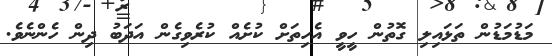
މަޑުމަޑުން ތަޅައިލި ގޮތުން ހީވީ އެހިތަށް ކުށެއް ކުރެވިގެން އަދަބު ދިން ހެންނެވެ.